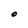
Character: O